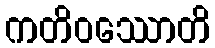
ကတိဝဿောတိ